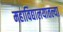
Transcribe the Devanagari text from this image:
महाविद्यालयातल्या